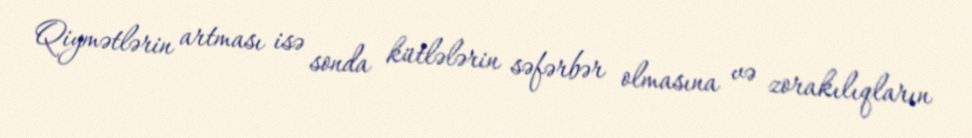
Qiymətlərin artması isə sonda kütlələrin səfərbər olmasına və zorakılıqların